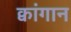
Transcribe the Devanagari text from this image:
क्वांगान